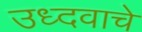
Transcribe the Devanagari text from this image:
उध्दवाचे